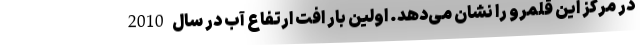
در مرکز این قلمرو را نشان می‌دهد. اولین بار افت ارتفاع آب در سال 2010